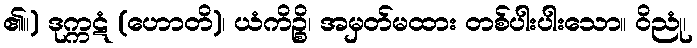
၏။) ဒုက္ကဋံ (ဟောတိ)၊ ယံကိဉ္စိ၊ အမှတ်မထား တစ်ပါးပါးသော။ ဝိညုံ၊